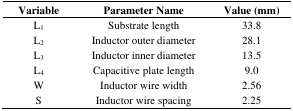
<table><thead><tr><td><b>Variable</b></td><td><b>Parameter Name</b></td><td><b>Value (mm)</b></td></tr></thead><tbody><tr><td>L<sub>1</sub></td><td>Substrate length</td><td>33.8</td></tr><tr><td>L<sub>2</sub></td><td>Inductor outer diameter</td><td>28.1</td></tr><tr><td>L<sub>3</sub></td><td>Inductor inner diameter</td><td>13.5</td></tr><tr><td>L<sub>4</sub></td><td>Capacitive plate length</td><td>9.0</td></tr><tr><td>W</td><td>Inductor wire width</td><td>2.56</td></tr><tr><td>S</td><td>Inductor wire spacing</td><td>2.25</td></tr></tbody></table>